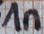
Text: 1n